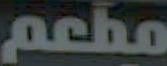
مطعم